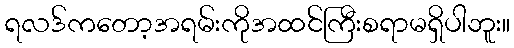
ရလဒ်ကတော့အရမ်းကိုအထင်ကြီးစရာမရှိပါဘူး။